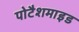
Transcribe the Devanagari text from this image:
पोटैशमाइड